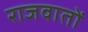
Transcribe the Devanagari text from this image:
राजवातों